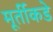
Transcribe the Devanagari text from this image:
मूर्तीकडे